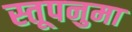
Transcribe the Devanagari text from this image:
स्तूपनुमा